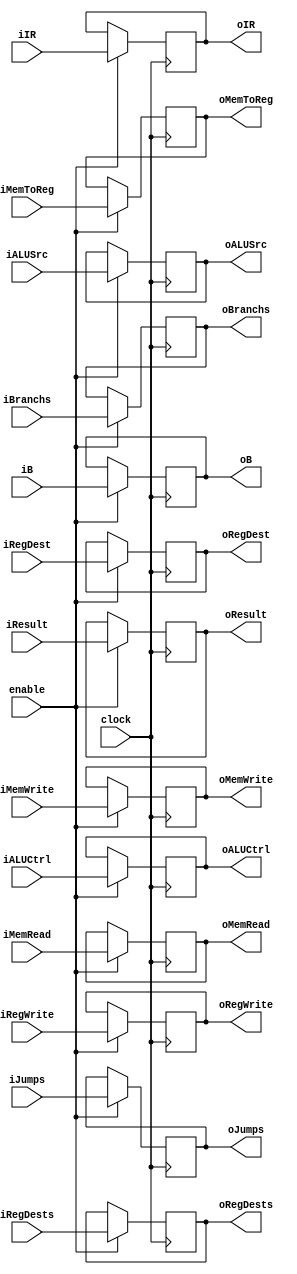
module MEMWB(clock,iRegDests,iRegWrite,iALUSrc,iMemRead,iMemWrite,iMemToReg,iBranchs,iJumps,iALUCtrl,
iIR,iB,iResult,iRegDest,
oRegDests,oRegWrite,oALUSrc,oMemRead,oMemWrite,oMemToReg,oBranchs,oJumps,oALUCtrl,
oIR,oB,oResult,oRegDest,enable);
input [31:0] iIR,iB,iResult;
input clock,enable;
input iRegDests,iRegWrite,iALUSrc,iMemRead,iMemWrite,iMemToReg,iBranchs,iJumps;
input [3:0]iALUCtrl;
input [4:0] iRegDest;
output [31:0] oIR,oB,oResult;
output oRegDests,oRegWrite,oALUSrc,oMemRead,oMemWrite,oMemToReg,oBranchs,oJumps;
output [3:0]oALUCtrl;
output [4:0]oRegDest;
reg [31:0] oIR,oB,oResult;
reg oRegDests,oRegWrite,oALUSrc,oMemRead,oMemWrite,oMemToReg,oBranchs,oJumps;
reg [3:0]oALUCtrl;
reg [4:0]oRegDest;
initial begin
oIR=32'b0;
end
always @(posedge clock)
begin
if(enable)begin
oRegDests<=iRegDests;
oRegWrite<=iRegWrite;
oALUSrc<=iALUSrc;
oMemRead<=iMemRead;
oMemWrite<=iMemWrite;
oMemToReg<=iMemToReg;
oBranchs<=iBranchs;
oJumps<=iJumps;
oALUCtrl<=iALUCtrl;
oIR<=iIR;
oB<=iB;
oResult<=iResult;
oRegDest<=iRegDest;
end
end
endmodule